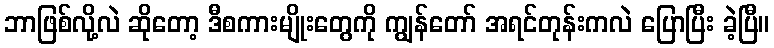
ဘာဖြစ်လို့လဲ ဆိုတော့ ဒီစကားမျိုးတွေကို ကျွန်တော် အရင်တုန်းကလဲ ပြောပြီး ခဲ့ပြီ။